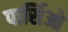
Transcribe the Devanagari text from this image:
पार्सिओ